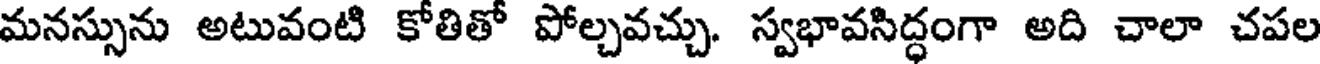
మనస్సును అటువంటి కోతితో పోల్చవచ్చు. స్వభావసిద్ధంగా అది చాలా చపల